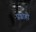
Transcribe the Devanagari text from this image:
प्रग्राही